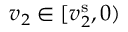
v _ { 2 } \in [ v _ { 2 } ^ { \mathrm { s } } , 0 )